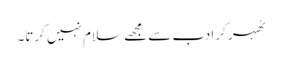
ٹھہر کر ادب سے مجھے سلام نہیں کرتا۔